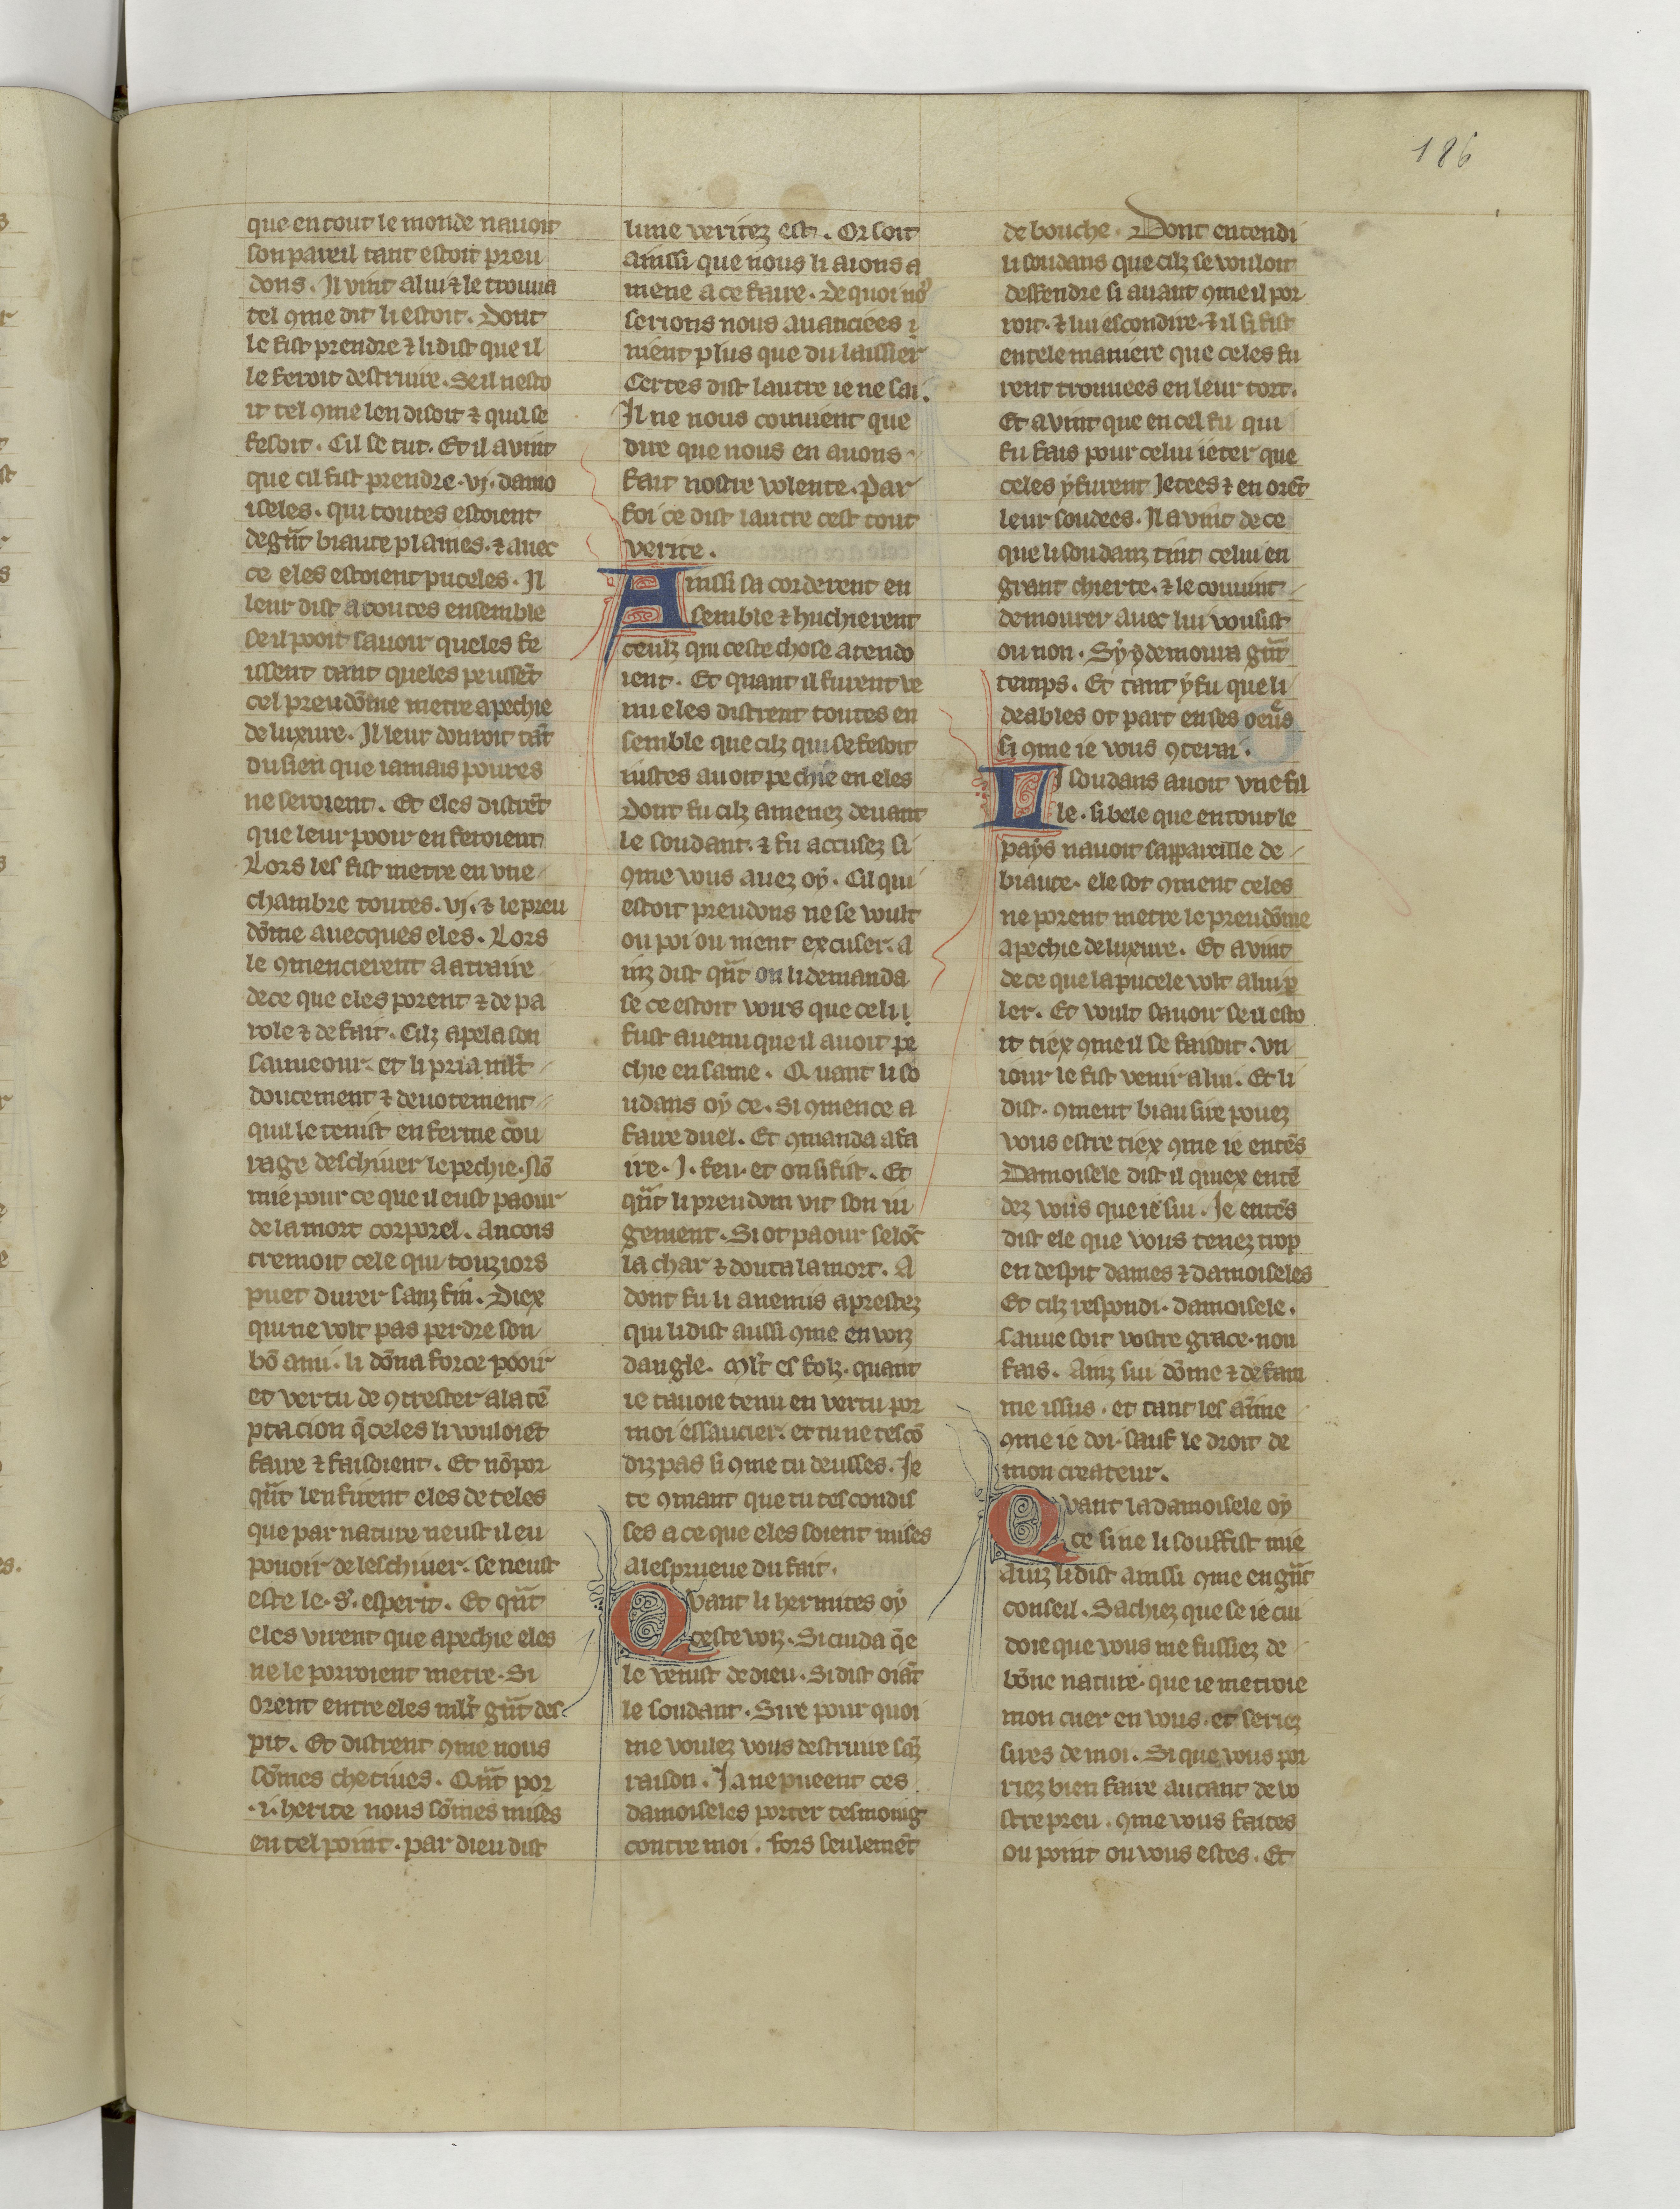
Shelfmark: Paris, BnF, fr. 22549
Century: 14